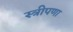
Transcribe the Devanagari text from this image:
स्त्रीपणा